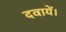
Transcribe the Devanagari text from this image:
दवायें।